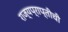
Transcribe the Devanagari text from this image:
राज्यप्राप्तीची